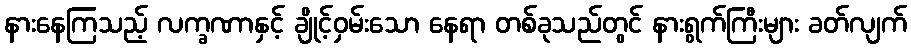
နားနေကြသည့် လက္ခဏာနှင့် ချိုင့်ဝှမ်းသော နေရာ တစ်ခုသည်တွင် နားရွက်ကြီးများ ခတ်လျက်